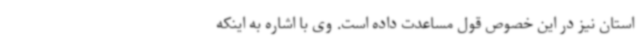
استان نیز در این خصوص قول مساعدت داده‌ است. وی با اشاره به اینکه